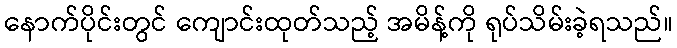
နောက်ပိုင်းတွင် ကျောင်းထုတ်သည့် အမိန့်ကို ရုပ်သိမ်းခဲ့ရသည်။